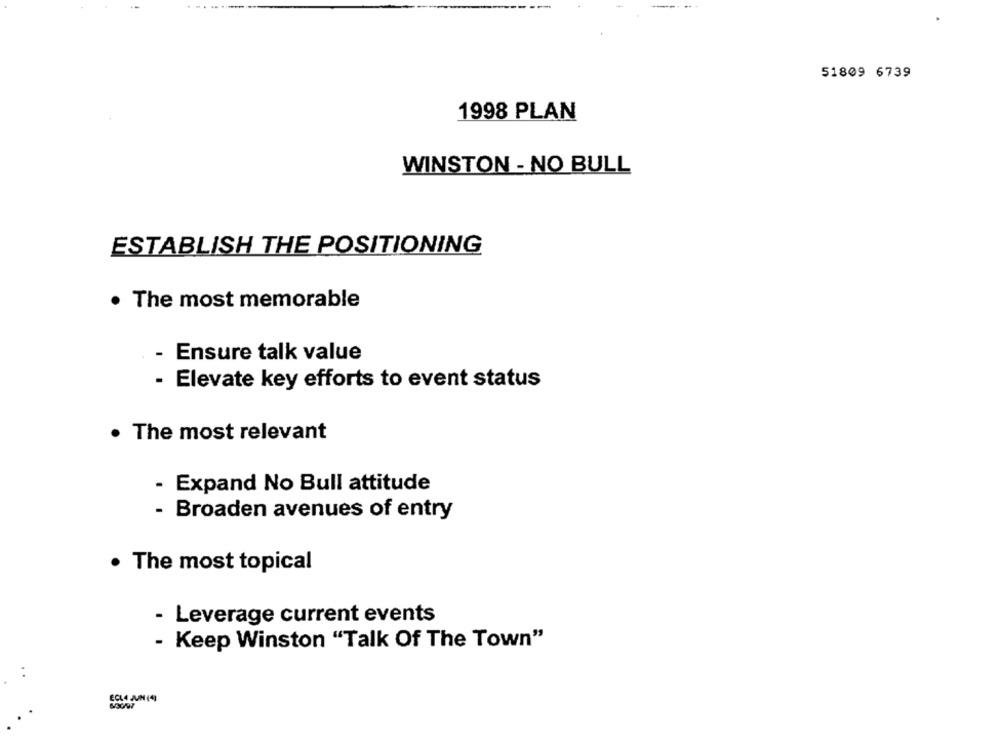
51809 6739
1998 PLAN
WINSTON - NO BULL
ESTABLISH THE POSITIONING
. The most memorable
- Ensure talk value
- Elevate key efforts to event status
. The most relevant
- Expand No Bull attitude
- Broaden avenues of entry
The most topical
- Leverage current events
- Keep Winston "Talk Of The Town"
. .
ECL4 JUN (4)